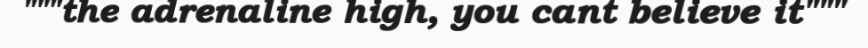
"""the adrenaline high, you cant believe it"""